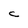
Character: C